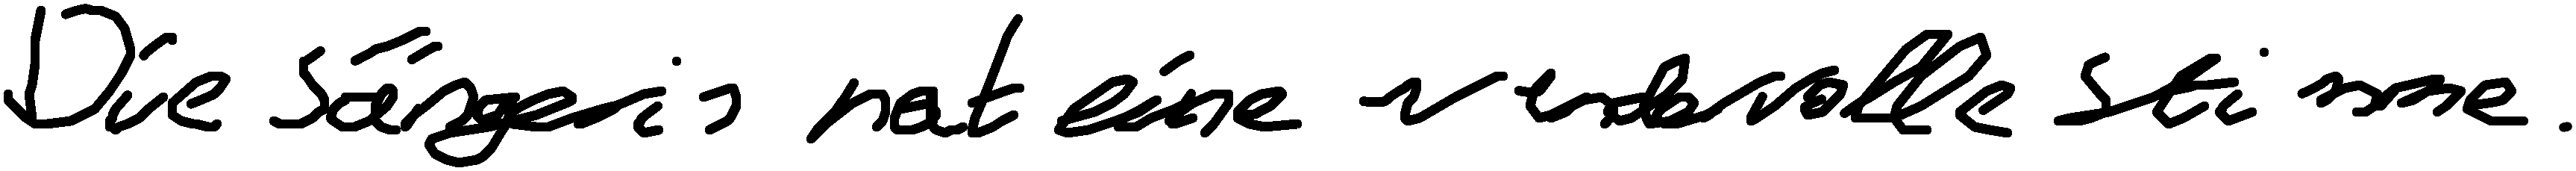
Die Sängerin hat eine wundervolle Stimme.